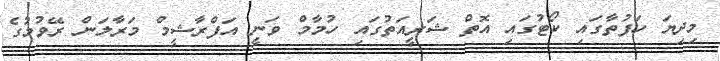
މިދިޔަ ހަފުތާގައި ކޯޓުގައި އޮތް ޝަރީއަތުގައި ހުމާމް ވަނީ އަފްރާޝީމް މަރާލަން ރޭވުމުގެ